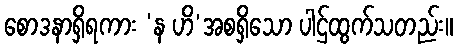
စောဒနာရှိရကား ‘န ဟိ’အစရှိသော ပါဌ်ထွက်သတည်း။